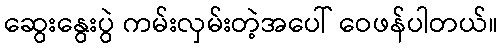
ဆွေးနွေးပွဲ ကမ်းလှမ်းတဲ့အပေါ် ဝေဖန်ပါတယ်။